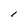
Character: l